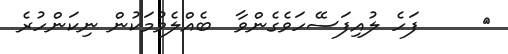
٨     ފަހެ ލުއިފަސޭހަވެގެންވާ  ބެއްލެވުމަކުން ނިކަންހުރެ